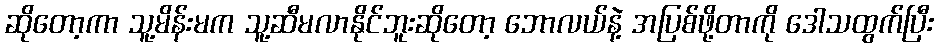
ဆိုတော့ကာ သူ့မိန်းမက သူ့ဆီမလာနိုင်ဘူးဆိုတော့ ဘောလယ်နဲ့ အပြစ်ဖို့တာကို ဒေါသထွက်ပြီး